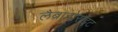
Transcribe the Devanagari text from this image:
लैब्राडोराइट